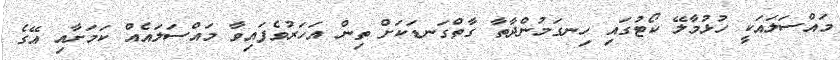
މައްސަލައަކީ ހުޅުމާލޭ ކޯޓުގައި ހިނގަމުންދާތާ ގާތްގަނޑަކަށް ތިން އަހަރުވެފައިވާ މައްސަލައެއް ކަމަށާއި އޭގެ